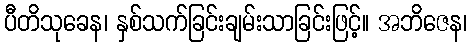
ပီတိသုခေန၊ နှစ်သက်ခြင်းချမ်းသာခြင်းဖြင့်။ အဘိဇေန၊